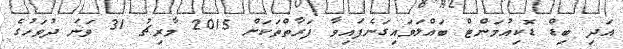
އަދި ބިޑް ޑޮކިއުމަންޓް ބައްލަވައިގަނެފައިވާ ފަރާތްތަކަށްް 2015 މާރިޗު 31 ވަނަ ދުވަހުގެ